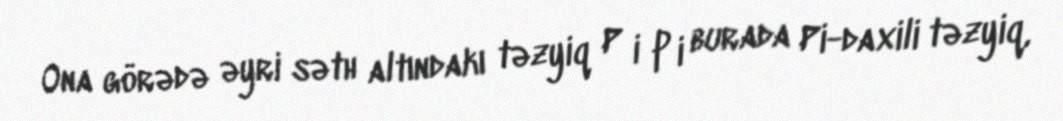
Ona görədə əyri səth altındakı təzyiq P i p i burada Pi-daxili təzyiq,